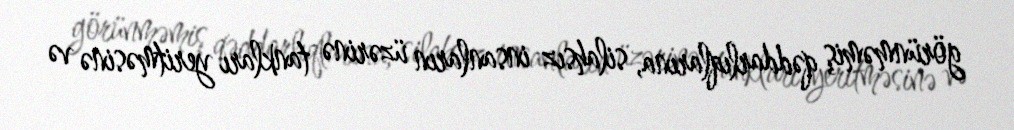
görünməmiş qəddarlıqlarına, silahsız insanların üzərinə tankları yeritməsinə və